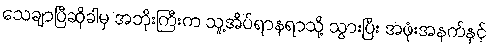
သေချာပြီဆိုခါမှ အဘိုးကြီးက သူ့အိပ်ရာနရာသို့ သွားပြီး အဖုံးအနက်နှင့်